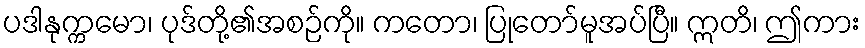
ပဒါနုက္ကမော၊ ပုဒ်တို့၏အစဉ်ကို။ ကတော၊ ပြုတော်မူအပ်ပြီ။ ဣတိ၊ ဤကား